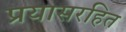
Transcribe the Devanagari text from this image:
प्रयासरहित